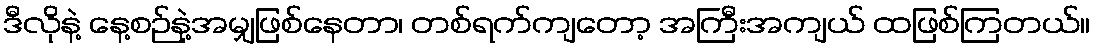
ဒီလိုနဲ့ နေ့စဉ်နဲ့အမျှဖြစ်နေတာ၊ တစ်ရက်ကျတော့ အကြီးအကျယ် ထဖြစ်ကြတယ်။